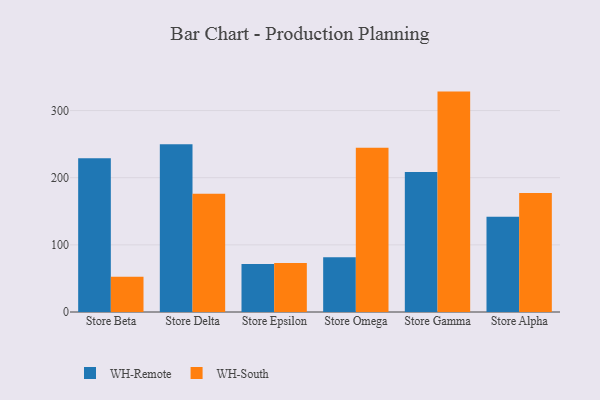
{"axis": {"x": "Store", "y": "Conversion Rate (%)"}, "legend": ["WH-Remote", "WH-South"], "data": [{"x": "Store Beta", "y": 229.0, "type": "WH-Remote"}, {"x": "Store Beta", "y": 52.4, "type": "WH-South"}, {"x": "Store Delta", "y": 249.9, "type": "WH-Remote"}, {"x": "Store Delta", "y": 176.1, "type": "WH-South"}, {"x": "Store Epsilon", "y": 71.6, "type": "WH-Remote"}, {"x": "Store Epsilon", "y": 72.9, "type": "WH-South"}, {"x": "Store Omega", "y": 81.5, "type": "WH-Remote"}, {"x": "Store Omega", "y": 244.7, "type": "WH-South"}, {"x": "Store Gamma", "y": 208.3, "type": "WH-Remote"}, {"x": "Store Gamma", "y": 328.2, "type": "WH-South"}, {"x": "Store Alpha", "y": 142.0, "type": "WH-Remote"}, {"x": "Store Alpha", "y": 177.3, "type": "WH-South"}]}